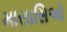
માસાસિઓ